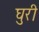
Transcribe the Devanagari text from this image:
घुरी